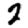
Digit: 2